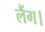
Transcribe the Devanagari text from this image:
लैंग।